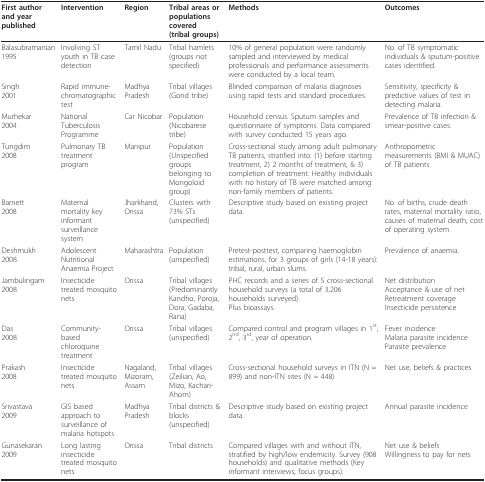
<table><thead><tr><td><b>First author and year published</b></td><td><b>Intervention</b></td><td><b>Region</b></td><td><b>Tribal areas or populations covered(tribal groups)</b></td><td><b>Methods</b></td><td><b>Outcomes</b></td></tr></thead><tbody><tr><td>Balasubramanian1995</td><td>Involving ST youth in TB case detection</td><td>Tamil Nadu</td><td>Tribal hamlets(groups not specified)</td><td>10% of general population were randomly sampled and interviewed by medical professionals and performance assessments were conducted by a local team.</td><td>No. of TB symptomatic individuals &amp; sputum-positive cases identified.</td></tr><tr><td>Singh2001</td><td>Rapid immune-chromatographic test</td><td>Madhya Pradesh</td><td>Tribal villages (Gond tribe)</td><td>Blinded comparison of malaria diagnoses using rapid tests and standard procedures.</td><td>Sensitivity, specificity &amp; predictive values of test in detecting malaria.</td></tr><tr><td>Murhekar2004</td><td>National Tuberculosis Programme</td><td>Car Nicobar</td><td>Population(Nicobarese tribe)</td><td>Household census. Sputum samples and questionnaire of symptoms. Data compared with survey conducted 15 years ago.</td><td>Prevalence of TB infection &amp; smear-positive cases.</td></tr><tr><td>Tungdim2008</td><td>Pulmonary TB treatment program</td><td>Manipur</td><td>Population(Unspecified groups belonging to Mongoloid group)</td><td>Cross-sectional study among adult pulmonary TB patients, stratified into: (1) before starting treatment, 2) 2 months of treatment, &amp; 3) completion of treatment. Healthy individuals with no history of TB were matched among non-family members of patients.</td><td>Anthropometric measurements (BMI &amp; MUAC) of TB patients.</td></tr><tr><td>Barnett2008</td><td>Maternal mortality key informant surveillance system</td><td>Jharkhand, Orissa</td><td>Clusters with 73% STs(unspecified)</td><td>Descriptive study based on existing project data.</td><td>No. of births, crude death rates, maternal mortality ratio, causes of maternal death, cost of operating system.</td></tr><tr><td>Deshmukh2008</td><td>Adolescent Nutritional Anaemia Project</td><td>Maharashtra</td><td>Population(unspecified)</td><td>Pretest-posttest, comparing haemoglobin estimations, for 3 groups of girls (14-18 years): tribal, rural, urban slums.</td><td>Prevalence of anaemia.</td></tr><tr><td>Jambulingam2008</td><td>Insecticide treated mosquito nets</td><td>Orissa</td><td>Tribal villages(Predominantly Kandho, Poroja, Dora, Gadaba, Rana)</td><td>PHC records and a series of 5 cross-sectional household surveys (a total of 3,206 households surveyed).Plus bioassays.</td><td>Net distributionAcceptance &amp; use of netRetreatment coverageInsecticide persistence</td></tr><tr><td>Das2008</td><td>Community-based chloroquine treatment</td><td>Orissa</td><td>Tribal villages(unspecified)</td><td>Compared control and program villages in 1<sup>st</sup>, 2<sup>nd</sup>, 3<sup>rd</sup>, year of operation.</td><td>Fever incidenceMalaria parasite incidenceParasite prevalence</td></tr><tr><td>Prakash2008</td><td>Insecticide treated mosquito nets</td><td>Nagaland, Mizoram, Assam</td><td>Tribal villages(Zeilian, Ao, Mizo, Kachari-Ahom)</td><td>Cross-sectional household surveys in ITN (N = 899) and non-ITN sites (N = 448)</td><td>Net use, beliefs &amp; practices</td></tr><tr><td>Srivastava2009</td><td>GIS based approach to surveillance of malaria hotspots</td><td>Madhya Pradesh</td><td>Tribal districts &amp; blocks(unspecified)</td><td>Descriptive study based on existing project data.</td><td>Annual parasite incidence</td></tr><tr><td>Gunasekaran2009</td><td>Long lasting insecticide treated mosquito nets</td><td>Orissa</td><td>Tribal districts</td><td>Compared villages with and without ITN, stratified by high/low endemicity. Survey (908 households) and qualitative methods (Key informant interviews, focus groups).</td><td>Net use &amp; beliefsWillingness to pay for nets</td></tr></tbody></table>